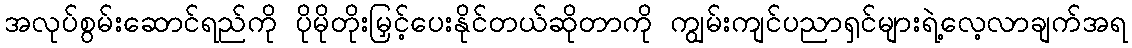
အလုပ်စွမ်းဆောင်ရည်ကို ပိုမိုတိုးမြှင့်ပေးနိုင်တယ်ဆိုတာကို ကျွမ်းကျင်ပညာရှင်များရဲ့လေ့လာချက်အရ